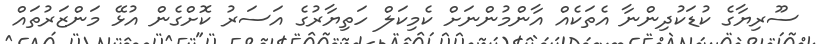
ސޫރިޔާގެ ކުޑަކުދިންނާ އެތަކެއް އާންމުންނަށް ކެމިކަލް ހަތިޔާރުގެ އަސަރު ކޮށްގެން އުޅޭ މަންޒަރުތައް